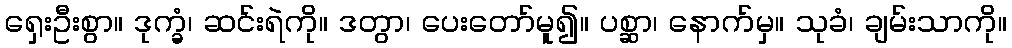
ရှေးဦးစွာ။ ဒုက္ခံ၊ ဆင်းရဲကို။ ဒတွာ၊ ပေးတော်မူ၍။ ပစ္ဆာ၊ နောက်မှ။ သုခံ၊ ချမ်းသာကို။